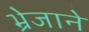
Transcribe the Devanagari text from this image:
भ्रेजाने